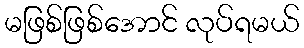
မဖြစ်ဖြစ်အောင် လုပ်ရမယ်